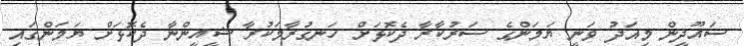
ސައޫދީން މިއަދު ވަނީ ޔަމަންގެ ސަރުކާރާ ދެކޮޅަށް ހަނގުރާމަކުރާ ޝީއީންނާ ދެކޮޅަށް ޔަމަންގައި